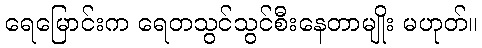
ရေမြောင်းက ရေတသွင်သွင်စီးနေတာမျိုး မဟုတ်။